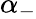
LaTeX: \alpha_{-}